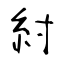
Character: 紂